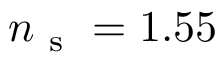
n _ { \mathrm { ~ s ~ } } = 1 . 5 5